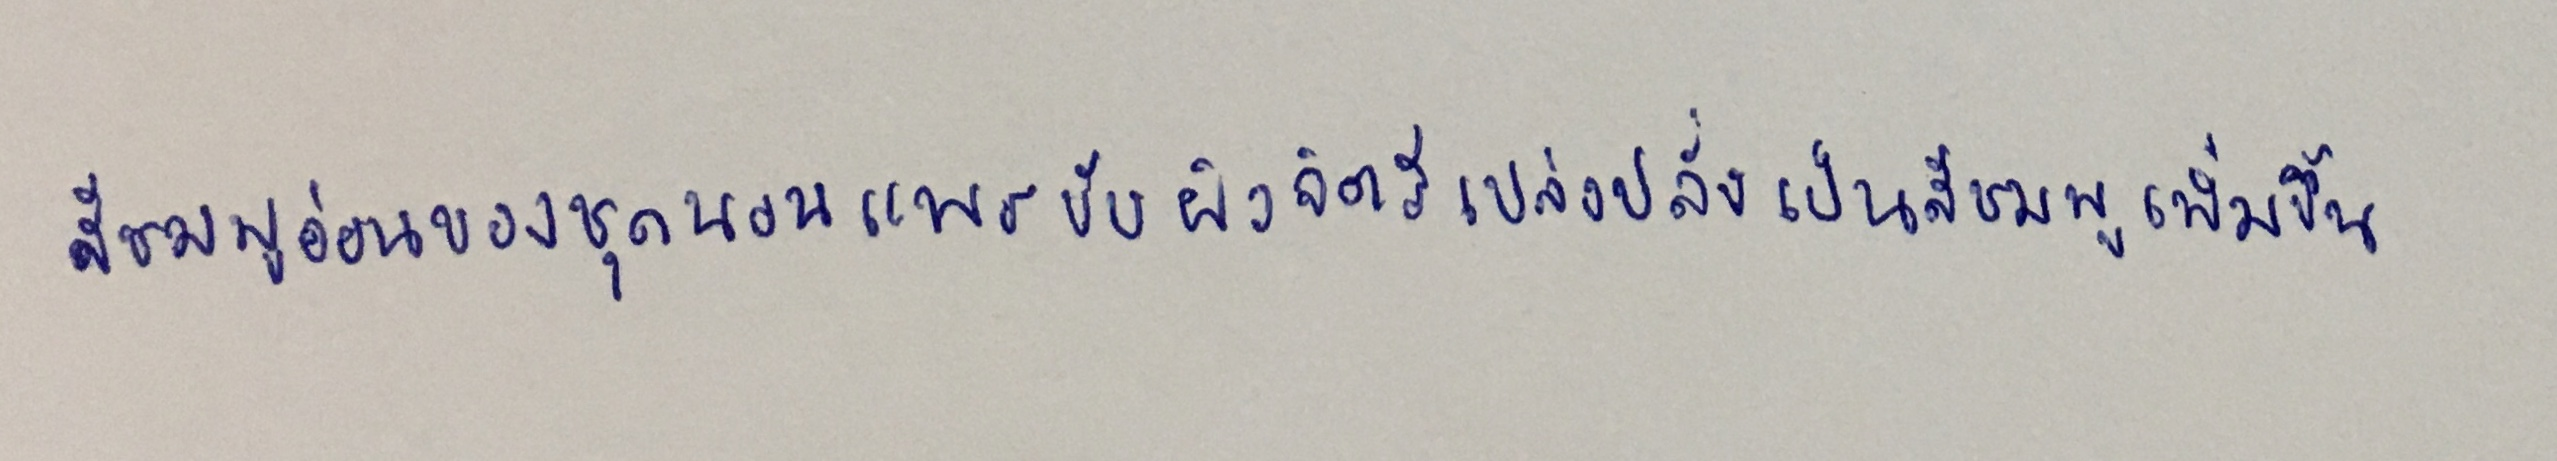
สีชมพูอ่อนของชุดนอนแพรขับผิวจิตรีเปล่งปลั่งเป็นสีชมพูเพิ่มขึ้น